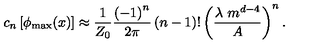
c _ { n } \left[ \phi _ { \mathrm { m a x } } ( x ) \right] \approx { \frac { 1 } { Z _ { 0 } } } { \frac { \left( - 1 \right) ^ { n } } { 2 \pi } } \left( n - 1 \right) ! \left( { \frac { \lambda \ m ^ { d - 4 } } { A } } \right) ^ { n } .